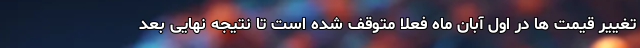
تغییر قیمت ها در اول آبان ماه فعلا متوقف شده است تا نتیجه نهایی بعد